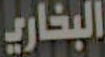
البخاري